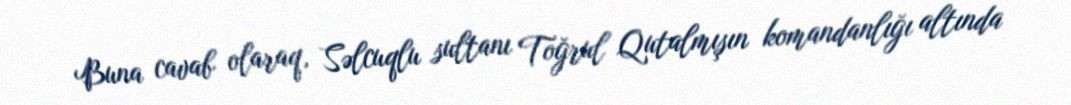
Buna cavab olaraq, Səlcuqlu sultanı Toğrul Qutalmışın komandanlığı altında